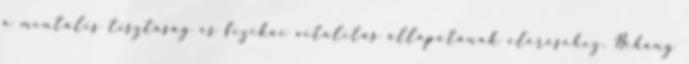
a mentális tisztaság és fizikai vitalitás állapotának eléréséhez. Néhány